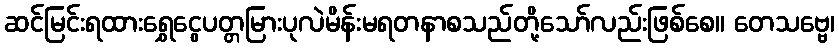
ဆင်မြင်းရထားရွှေငွေပတ္တမြားပုလဲမိန်းမရတနာစသည်တို့သော်လည်းဖြစ်စေ။ တေသဗ္ဗေ၊